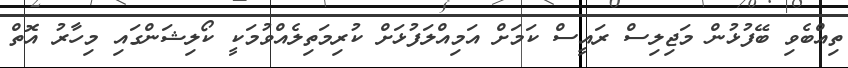
ތިއްބެވި ބޭފުޅުން މަޖިލިސް ރައީސް ކަމަށް އަމިއްލަފުޅަށް ކުރިމަތިލެއްވުމަކީ ކޯލިޝަންގައި މިހާރު އޮތް